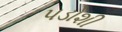
પડોશી